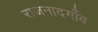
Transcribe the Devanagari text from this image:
राजनादगाँव